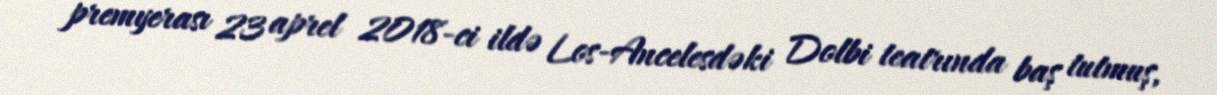
premyerası 23 aprel 2018-ci ildə Los-Ancelesdəki Dolbi teatrında baş tutmuş,